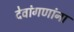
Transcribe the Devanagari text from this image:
देवांगणांना